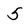
Character: 5